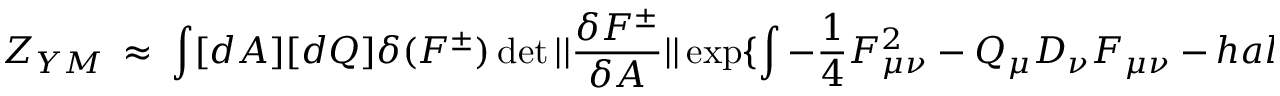
Z _ { Y M } \ \approx \ \int [ d A ] [ d Q ] \delta ( F ^ { \pm } ) \operatorname * { d e t } | | { \frac { \delta F ^ { \pm } } { \delta A } } | | \exp \{ \int - \frac { 1 } { 4 } F _ { \mu \nu } ^ { 2 } \ - \ Q _ { \mu } D _ { \nu } F _ { \mu \nu } \ - \, h a l f F _ { \mu \nu } [ Q _ { \mu } , Q _ { \nu } ]